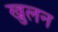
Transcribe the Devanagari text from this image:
खुलन